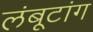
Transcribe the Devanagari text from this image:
लंबूटांग